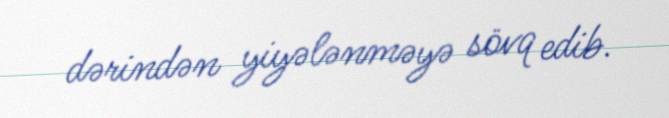
dərindən yiyələnməyə sövq edib.